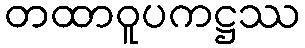
တထာဝူပကဋ္ဌဿ